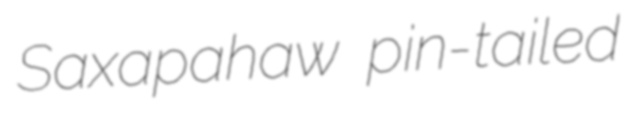
Saxapahaw pin-tailed